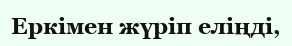
Еркімен жүріп еліңді,